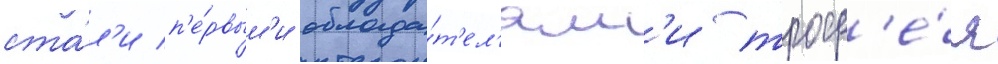
ста́л'и п'е́рвым'и облада́т'ел'ям'и троф'е́я